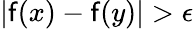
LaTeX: |\mathsf{f}(x)-\mathsf{f}(y)|>\epsilon